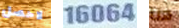
لاحصل 16064 هنا